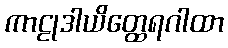
ကာဠုဒါယိတ္ထေရဂါထာ